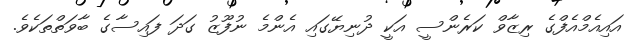
އައިއެމްއެފްގެ ރިޒާވް ކަރެންސީ އަކީ ދުނިޔޭގައި އެންމެ ނުފޫޒު ގަދަ ފައިސާގެ ބާވަތްތަކެވެ.